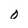
Character: o